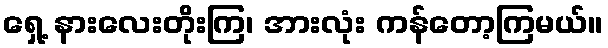
ရှေ့ နားလေးတိုးကြ၊ အားလုံး ကန်တော့ကြမယ်။